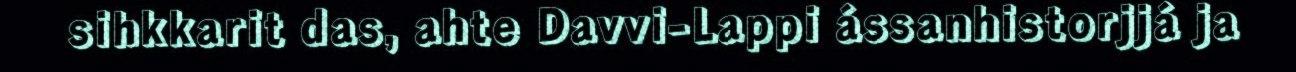
sihkkarit das, ahte Davvi-Lappi ássanhistorjjá ja